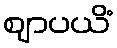
ဈာပယိံ